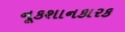
નૂકશાનકારક